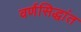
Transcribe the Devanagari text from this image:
वर्णसिद्धांत